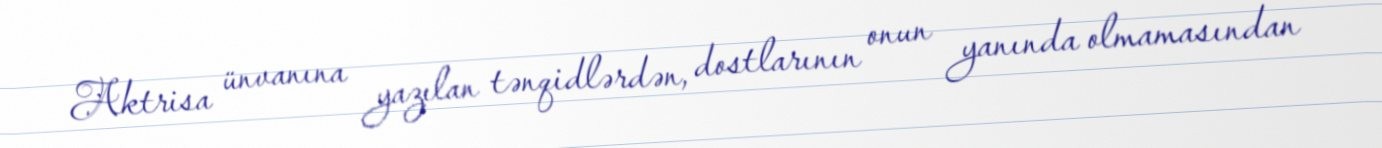
Aktrisa ünvanına yazılan tənqidlərdən, dostlarının onun yanında olmamasından